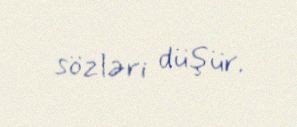
sözləri düşür.